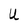
Character: U